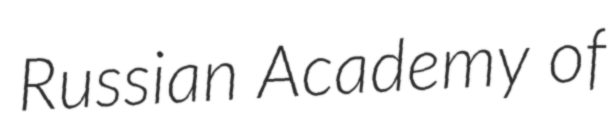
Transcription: Russian Academy of